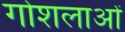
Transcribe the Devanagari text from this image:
गोशलाओं